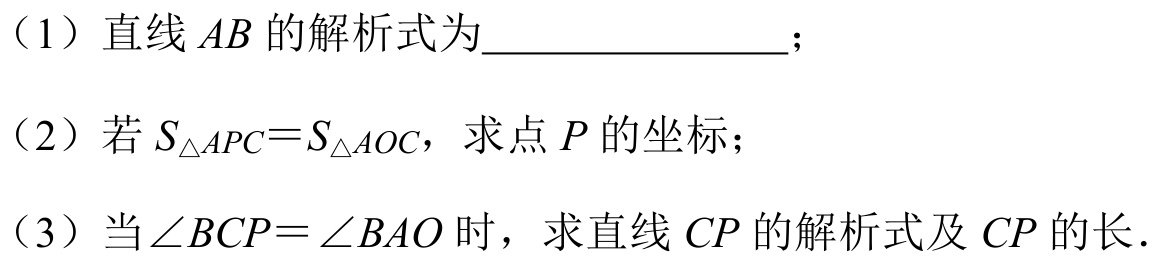
（1）直线 \(AB\) 的解析式为________________；
（2）若 \(S_{\triangle APC}=S_{\triangle AOC}\)，求点 \(P\) 的坐标；
（3）当\(\angle BCP=\angle BAO\) 时，求直线 \(CP\) 的解析式及 \(CP\) 的长．